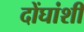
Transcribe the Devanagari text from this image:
दोंघांशी